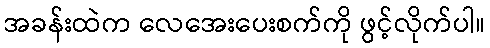
အခန်းထဲက လေအေးပေးစက်ကို ဖွင့်လိုက်ပါ။